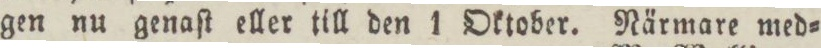
gen nu genaſt eller till den 1 Oktober. Närmare med=